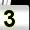
Digit: 3